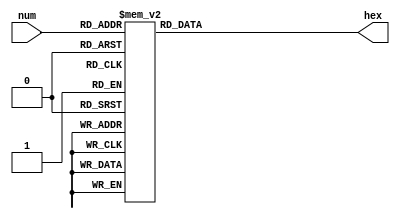
module seg_7(num, hex);
	input		[3:0] num;
	output	[6:0] hex;
	
	reg		[6:0] r_hex;
	
	always@(num)
	begin
		case(num)
			4'b0000 : r_hex = 7'b1000000;
			4'b0001 : r_hex = 7'b1111001;
			4'b0010 : r_hex = 7'b0100100;
			4'b0011 : r_hex = 7'b0110000;
			4'b0100 : r_hex = 7'b0011001;
			4'b0101 : r_hex = 7'b0010010;
			4'b0110 : r_hex = 7'b0000010;
			4'b0111 : r_hex = 7'b1111000;
			4'b1000 : r_hex = 7'b0000000;
			4'b1001 : r_hex = 7'b0010000;
			4'b1010 : r_hex = 7'b0001000;
			4'b1011 : r_hex = 7'b0000011;
			4'b1100 : r_hex = 7'b1000110;
			4'b1101 : r_hex = 7'b0100001;
			4'b1110 : r_hex = 7'b0000110;
			4'b1111 : r_hex = 7'b0001110;
			default : r_hex = 7'b0111111;
		endcase
	end
	assign hex = r_hex;
endmodule